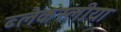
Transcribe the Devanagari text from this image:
ब्लैकस्लीया